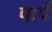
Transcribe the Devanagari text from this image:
पापें